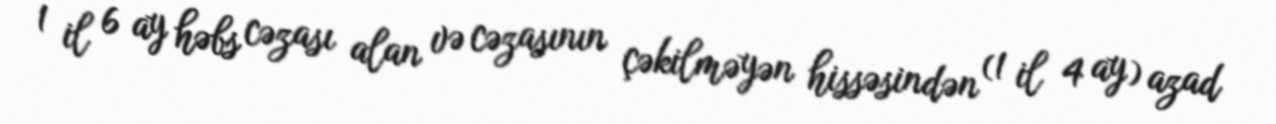
1 il 6 ay həbs cəzası alan və cəzasının çəkilməyən hissəsindən (1 il 4 ay) azad